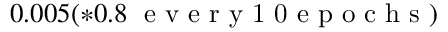
0 . 0 0 5 ( * 0 . 8 \; \mathrm { ~ e ~ v ~ e ~ r ~ y ~ 1 ~ 0 ~ e ~ p ~ o ~ c ~ h ~ s ~ } )